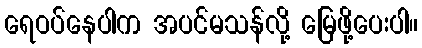
ရေဝပ်နေပါက အပင်မသန်လို့ မြေဖို့ပေးပါ။